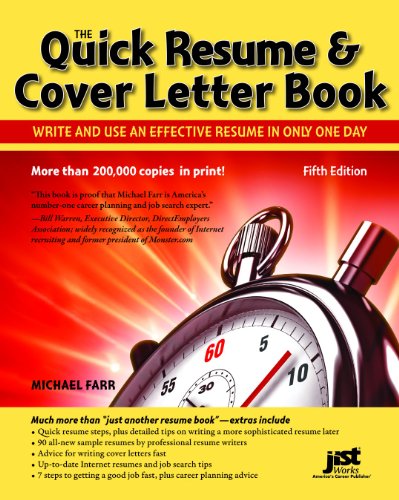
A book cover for Quick Resume & Cover Letter Book: Write and Use an Effective Resume in Just One Day; Michael Farr; Business & Money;